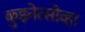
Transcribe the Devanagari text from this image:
कुझ्नेत्सोव्हा